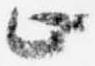
止